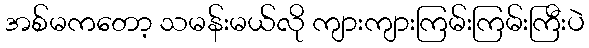
အစ်မကတော့ သမန်းမယ်လို ကျားကျားကြမ်းကြမ်းကြီးပဲ